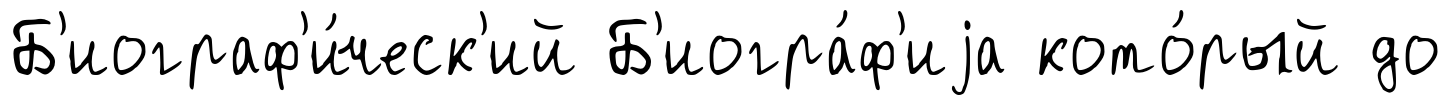
Б'иограф'и́ческ'ий Б'иогра́ф'иjа кото́рый до